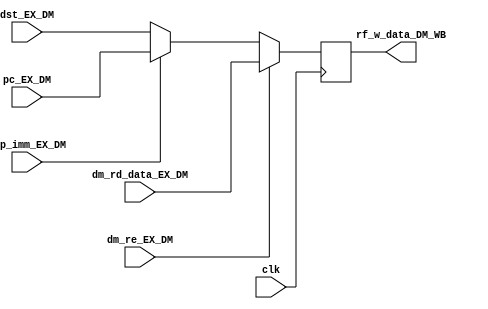
module dst_mux(clk,dm_re_EX_DM,dm_rd_data_EX_DM,pc_EX_DM,dst_EX_DM,rf_w_data_DM_WB,jmp_imm_EX_DM);
////////////////////////////////////////////////////////////////////////
// Simple 2:1 mux determining if ALU or DM is source for write to RF //
//////////////////////////////////////////////////////////////////////
input clk;
input dm_re_EX_DM;
input jmp_imm_EX_DM;
input [15:0] dm_rd_data_EX_DM;		// input from DM
input [15:0] pc_EX_DM;				// from PC for JAL saving to R15
input [15:0] dst_EX_DM;				// input from ALU

output reg[15:0] rf_w_data_DM_WB;		// output to be written to RF

always @(posedge clk)
  if (dm_re_EX_DM)
    rf_w_data_DM_WB <= dm_rd_data_EX_DM;
  else if (jmp_imm_EX_DM)
    rf_w_data_DM_WB <= pc_EX_DM;
  else
    rf_w_data_DM_WB <= dst_EX_DM;

endmodule